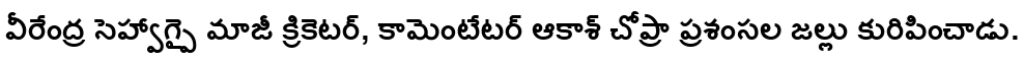
వీరేంద్ర సెహ్వాగ్పై మాజీ క్రికెటర్, కామెంటేటర్ ఆకాశ్ చోప్రా ప్రశంసల జల్లు కురిపించాడు.